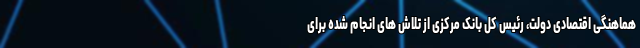
هماهنگی اقتصادی دولت، رئیس کل بانک مرکزی از تلاش های انجام شده برای